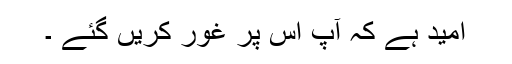
امید ہے کہ آپ اس پر غور کریں گئے ۔